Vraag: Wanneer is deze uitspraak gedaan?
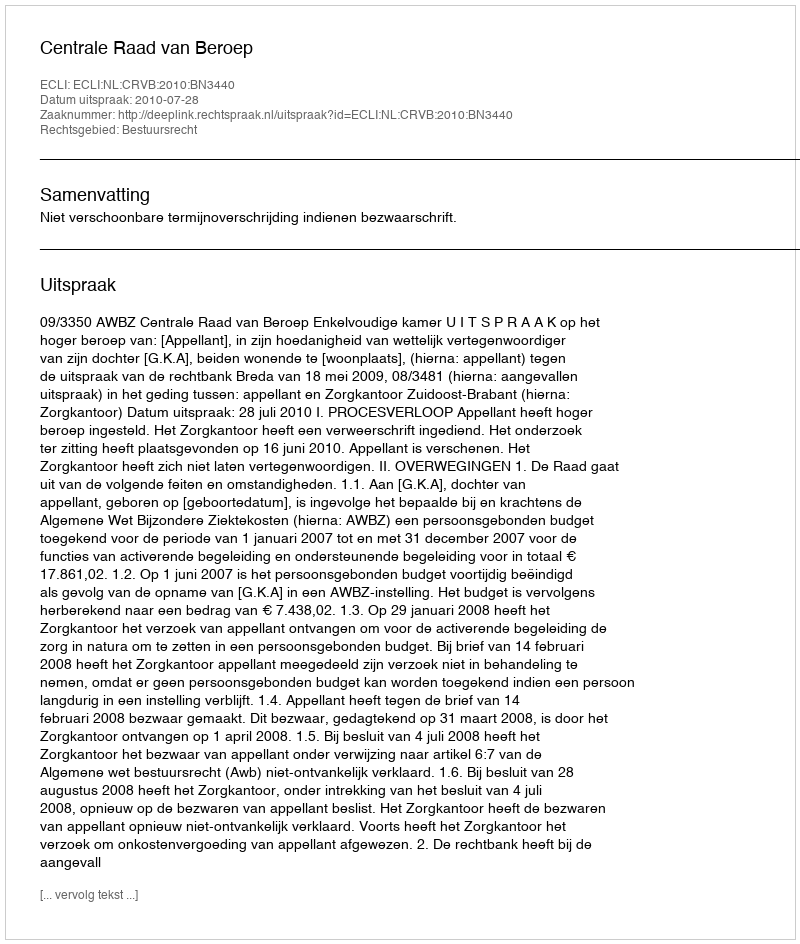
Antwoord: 2010-07-28